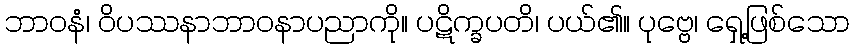
ဘာဝနံ၊ ဝိပဿနာဘာဝနာပညာကို။ ပဋိက္ခပတိ၊ ပယ်၏။ ပုဗ္ဗေ၊ ရှေ့ဖြစ်သော